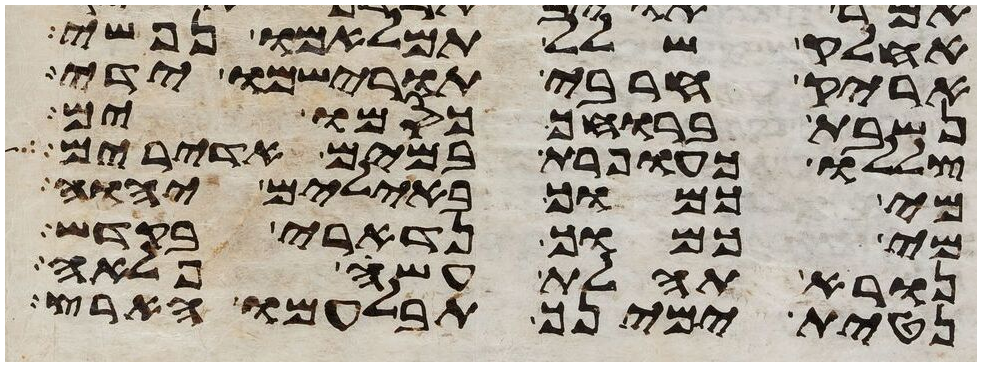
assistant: אחלק שלל תמלאמו נפשי
אריק חרבי תורישמו ידי
נשבת ברוחך כסמו ים
צללו כעופרת במים אדירים
מי כמוך באלים יהוה
מי כמוך נדארי בקדש
נורא תהלת עשה פלאה
נטית ימינך תבלעמו הארץ